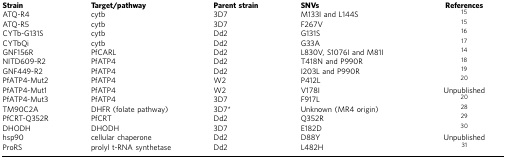
<table><thead><tr><td><b>Strain</b></td><td><b>Target/pathway</b></td><td><b>Parent strain</b></td><td><b>SNVs</b></td><td><b>References</b></td></tr></thead><tbody><tr><td>ATQ-R4</td><td>cytb</td><td>3D7</td><td>M133I and L144S</td><td>15</td></tr><tr><td>ATQ-R5</td><td>cytb</td><td>3D7</td><td>F267V</td><td>15</td></tr><tr><td>CYTb-G131S</td><td>cytb</td><td>Dd2</td><td>G131S</td><td>16</td></tr><tr><td>CYTbQi</td><td>cytb</td><td>Dd2</td><td>G33A</td><td>17</td></tr><tr><td>GNF156R</td><td>PfCARL</td><td>Dd2</td><td>L830V, S1076I and M81I</td><td>14</td></tr><tr><td>NITD609-R2</td><td>PfATP4</td><td>Dd2</td><td>T418N and P990R</td><td>18</td></tr><tr><td>GNF449-R2</td><td>PfATP4</td><td>Dd2</td><td>I203L and P990R</td><td>19</td></tr><tr><td>PfATP4-Mut2</td><td>PfATP4</td><td>W2</td><td>P412L</td><td>20</td></tr><tr><td>PfATP4-Mut1</td><td>PfATP4</td><td>W2</td><td>V178I</td><td>Unpublished</td></tr><tr><td>PfATP4-Mut3</td><td>PfATP4</td><td>3D7</td><td>F917L</td><td>20</td></tr><tr><td>TM90C2A</td><td>DHFR (folate pathway)</td><td>3D7*</td><td>Unknown (MR4 origin)</td><td>28</td></tr><tr><td>PfCRT-Q352R</td><td>PfCRT</td><td>Dd2</td><td>Q352R</td><td>29</td></tr><tr><td>DHODH</td><td>DHODH</td><td>3D7</td><td>E182D</td><td>30</td></tr><tr><td>hsp90</td><td>cellular chaperone</td><td>Dd2</td><td>D88Y</td><td>Unpublished</td></tr><tr><td>ProRS</td><td>prolyl t-RNA synthetase</td><td>Dd2</td><td>L482H</td><td>31</td></tr></tbody></table>